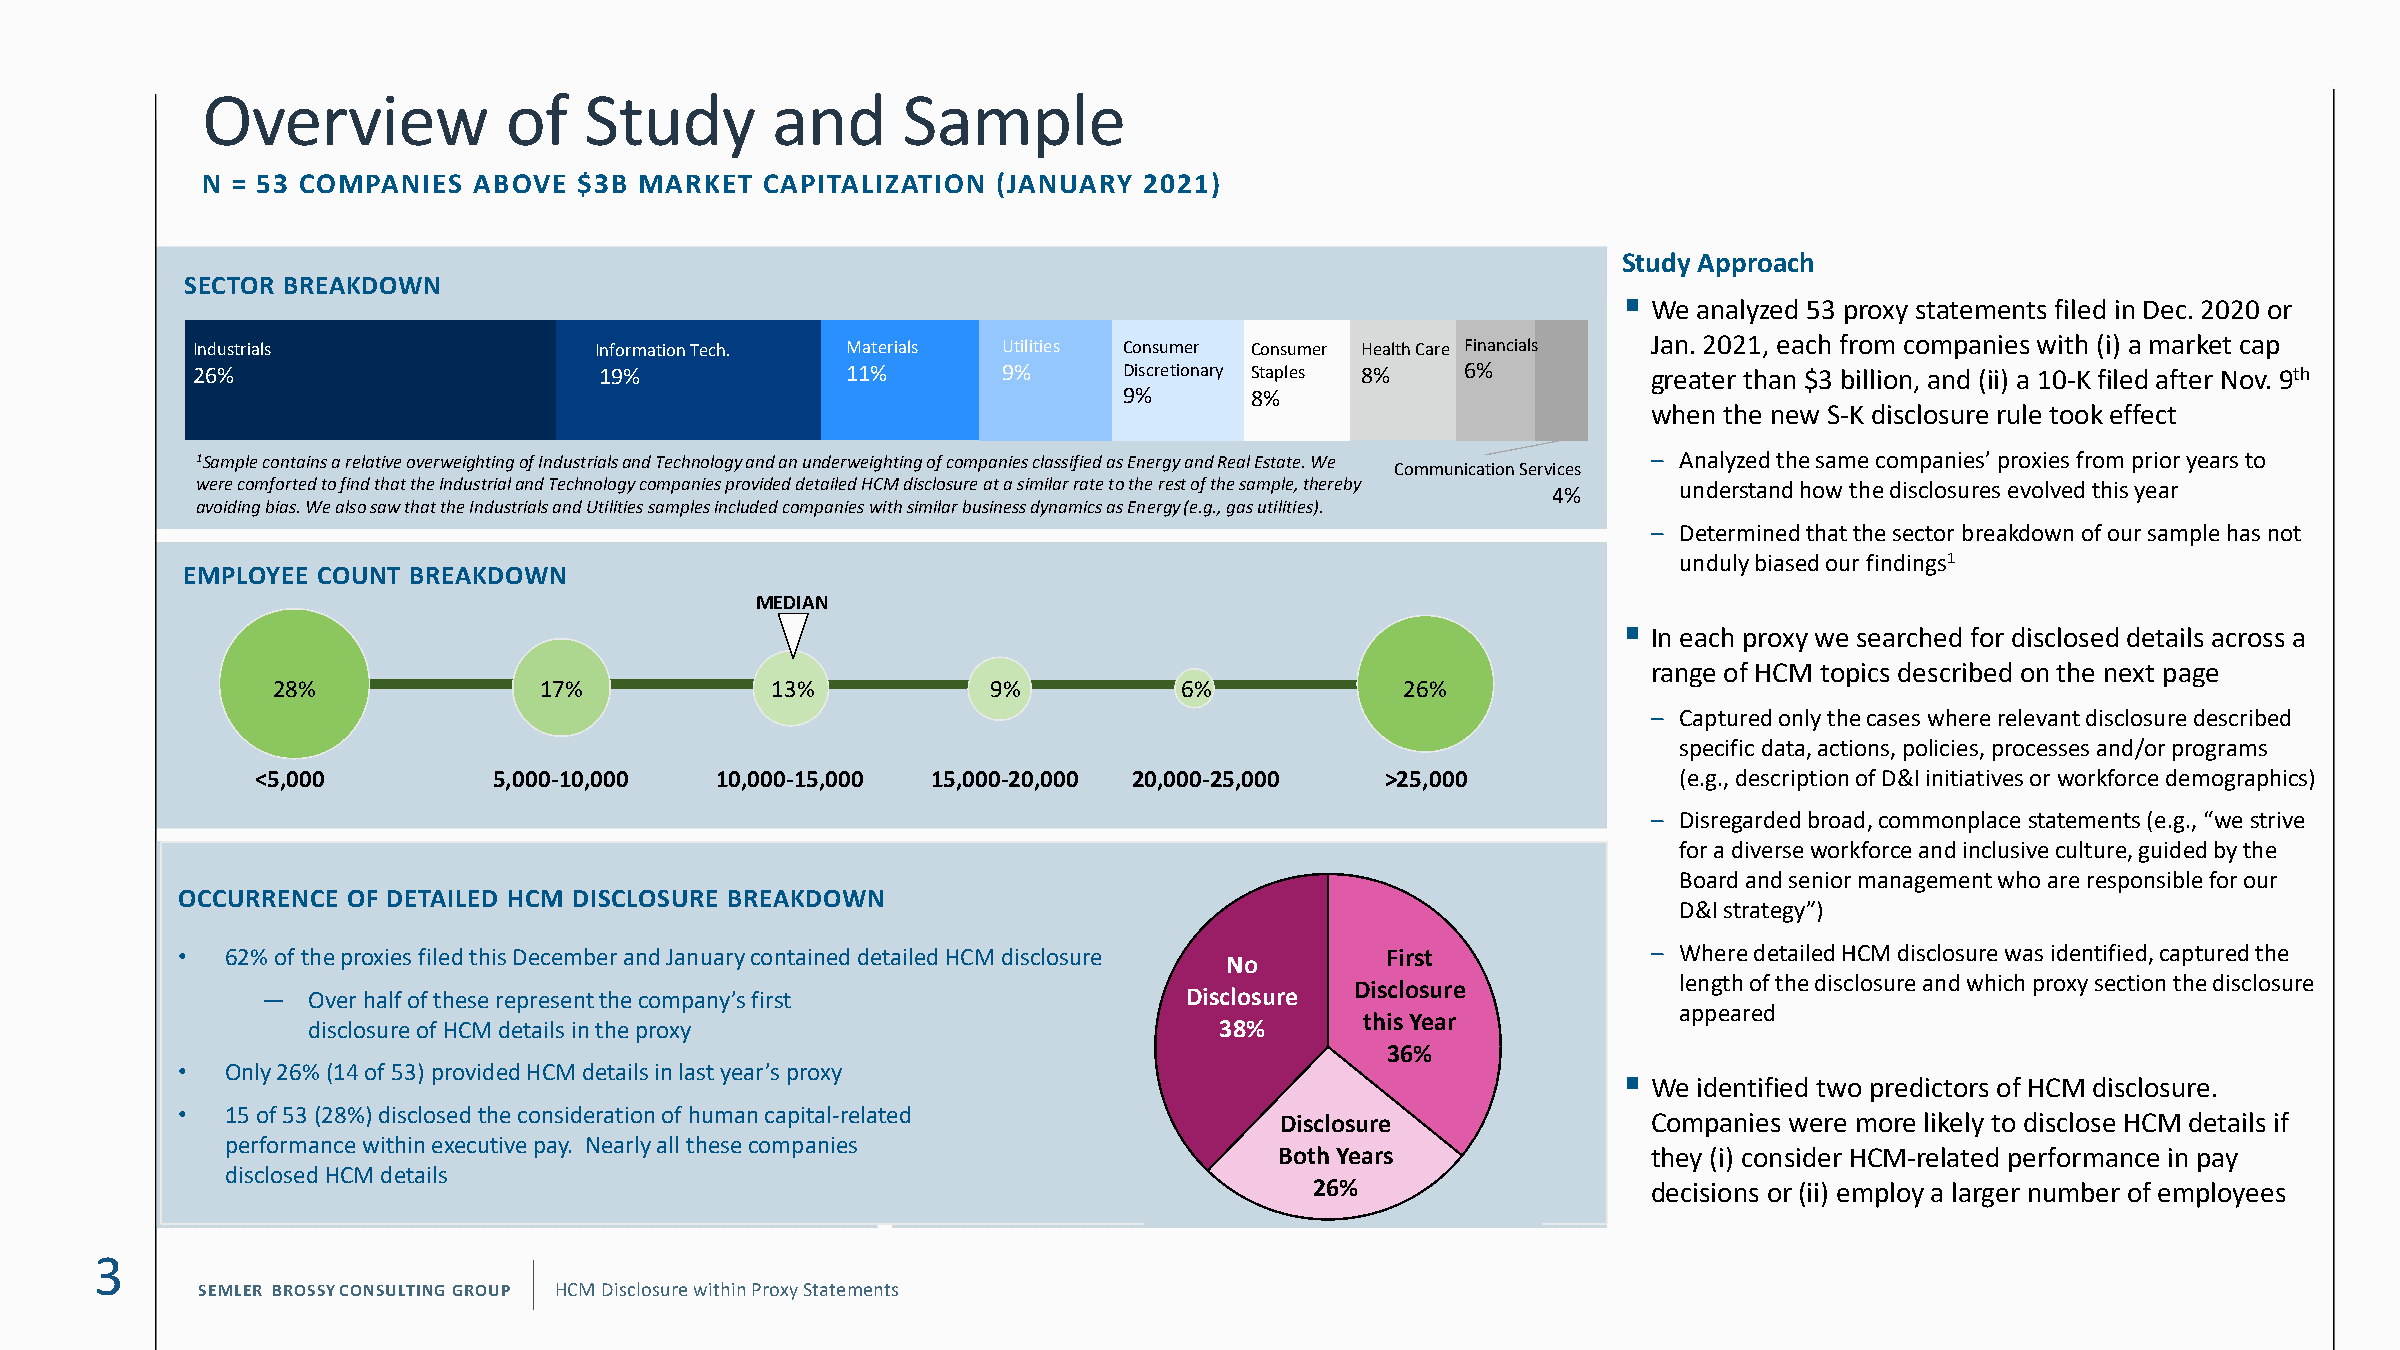
Overview            of    Study       and      Sample
 N = 53 COMPANIES  ABOVE  $3B MARKET   CAPITALIZATION (JANUARY  2021)
 Study Approach
 SECTOR BREAKDOWN
 ▪
 We analyzed 53 proxy statements filed in Dec. 2020 or
 Industrials               Information Tech. Materials Utilities Consumer Consumer Health Care Financials Jan. 2021, each from companies with (i) a market cap
 26%                        19%             11%       9%      Discretionary Staples 8% 6%        greater than $3 billion, and (ii) a 10-K filed after Nov. 9th
 9%       8%
 when the new S-K disclosure rule took effect
 1Sample contains a relative overweighting of Industrials and Technology and an underweighting of companies classified as Energy and Real Estate. We – Analyzed the same companies’ proxies from prior years to
 Communication Services
 were comforted to find that the Industrial and Technology companies provided detailed HCM disclosure at a similar rate to therest of the sample, thereby 4% understand how the disclosures evolved this year
 avoiding bias. We also saw that the Industrials and Utilities samples included companies with similar business dynamics as Energy (e.g., gas utilities).
 – Determined that the sector breakdown of our sample has not
 unduly biased our findings1
 EMPLOYEE COUNT BREAKDOWN
 MEDIAN
 ▪
 In each proxy we searched for disclosed details across a
 range of HCM topics described on the next page
 28%               17%            13%            9%          6%             26%
 – Captured only the cases where relevant disclosure described
 specific data, actions, policies, processes and/or programs
 <5,000          5,000-10,000  10,000-15,000  15,000-20,000 20,000-25,000   >25,000            (e.g., description of D&I initiatives or workforce demographics)
 – Disregarded broad, commonplace statements (e.g., “we strive
 for a diverse workforce and inclusive culture, guided by the
 Board and senior management who are responsible for our
 OCCURRENCE OF DETAILED HCM DISCLOSURE BREAKDOWN
 D&I strategy”)
 •  62% of the proxies filed this December and January contained detailed HCM disclosure First    – Where detailed HCM disclosure was identified, captured the
 No
 Disclosure           length of the disclosure and which proxy section the disclosure
 —  Over half of these represent the company’s first           Disclosure
 appeared
 this Year
 disclosure of HCM details in the proxy                       38%
 36%
 •  Only 26% (14 of 53) provided HCM details in last year’s proxy                               ▪
 We identified two predictors of HCM disclosure.
 •  15 of 53 (28%) disclosed the consideration of human capital-related   Disclosure              Companies were more likely to disclose HCM details if
 performance within executive pay. Nearly all these companies
 Both Years              they (i) consider HCM-related performance in pay
 disclosed HCM details
 26%                   decisions or (ii) employ a larger number of employees
 3
 SEMLER BROSSYCONSULTING GROUP HCM Disclosure within Proxy Statements